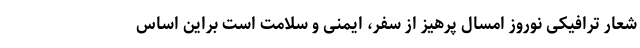
شعار ترافیکی نوروز امسال پرهیز از سفر، ایمنی و سلامت است براین اساس